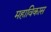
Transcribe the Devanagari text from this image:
महाविकास